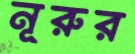
নূরুর